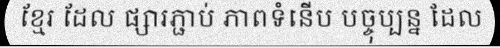
ខ្មែរ ដែល ផ្សារភ្ជាប់ ភាពទំនើប បច្ចុប្បន្ន ដែល